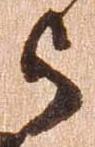
被